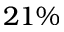
2 1 \%